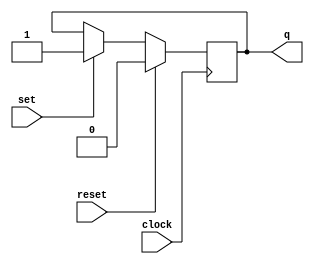
module RSFlipFlop(
	input wire set,
	input wire reset,
	input wire clock,
	output reg q
);

always @(posedge clock) begin
	if (reset) begin
		q <= 1'b0;
	end else if(set) begin 
		q <= 1'b1;
	end
end

endmodule